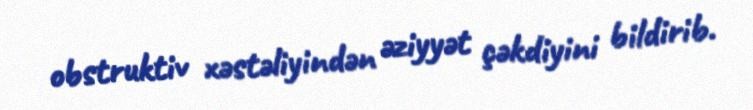
obstruktiv xəstəliyindən əziyyət çəkdiyini bildirib.